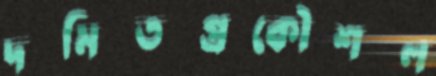
দমিতপ্রকৌশল